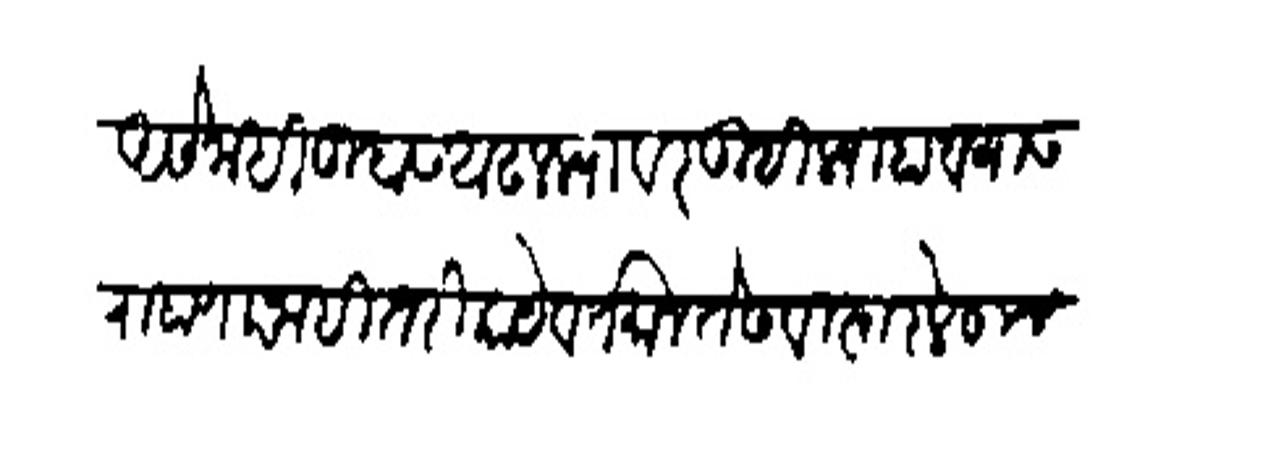
Transliteration (Devanagari): असे नाही तुम्हास आदलस्यावर तुम्हों त्याहावयास राहाणार नाही तरी काये वर्तमान ते सविस्तर लेहून